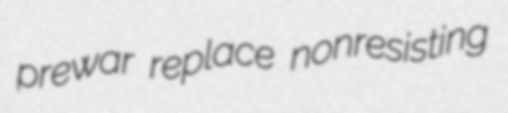
prewar replace nonresisting